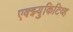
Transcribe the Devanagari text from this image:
एक्झ्युकिटिव्ह